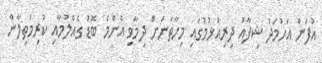
އުފަން އަހުމަދު ޝިފާއު ދިރިއުޅުމުގައި މިހާތަނަށް ދިމާވި އެންމެ ބޮޑު ގެއްލުމާއި ކުރިމަތިލާން